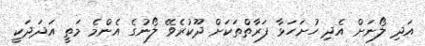
އަދި ލޯނަށް އެދި ހުށަހަޅާ ފަރާތްތަކަށް ދޫކުރެވޭ ލޯނުގެ އެންމެ މަތީ އަދަދަކީ